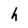
Character: h